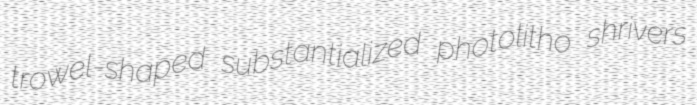
trowel-shaped substantialized photolitho shrivers